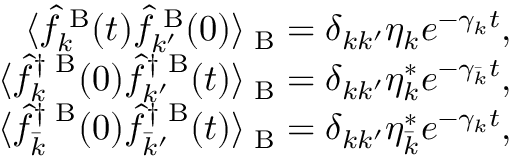
\begin{array} { r } { \langle \hat { f } _ { k } ^ { \mathrm { \tiny ~ B } } ( t ) \hat { f } _ { k ^ { \prime } } ^ { \mathrm { \tiny ~ B } } ( 0 ) \rangle _ { \mathrm { \tiny ~ B } } = \delta _ { k k ^ { \prime } } \eta _ { k } e ^ { - \gamma _ { k } t } , } \\ { \langle \hat { f } _ { k } ^ { \dag \mathrm { \tiny ~ B } } ( 0 ) \hat { f } _ { k ^ { \prime } } ^ { \dag \mathrm { \tiny ~ B } } ( t ) \rangle _ { \mathrm { \tiny ~ B } } = \delta _ { k k ^ { \prime } } \eta _ { k } ^ { * } e ^ { - \gamma _ { \bar { k } } t } , } \\ { \langle \hat { f } _ { \bar { k } } ^ { \dag \mathrm { \tiny ~ B } } ( 0 ) \hat { f } _ { \bar { k } ^ { \prime } } ^ { \dag \mathrm { \tiny ~ B } } ( t ) \rangle _ { \mathrm { \tiny ~ B } } = \delta _ { k k ^ { \prime } } \eta _ { \bar { k } } ^ { * } e ^ { - \gamma _ { k } t } , } \end{array}